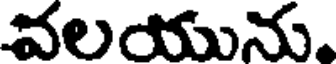
వలయును.